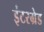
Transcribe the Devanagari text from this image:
इंटरग्रेड